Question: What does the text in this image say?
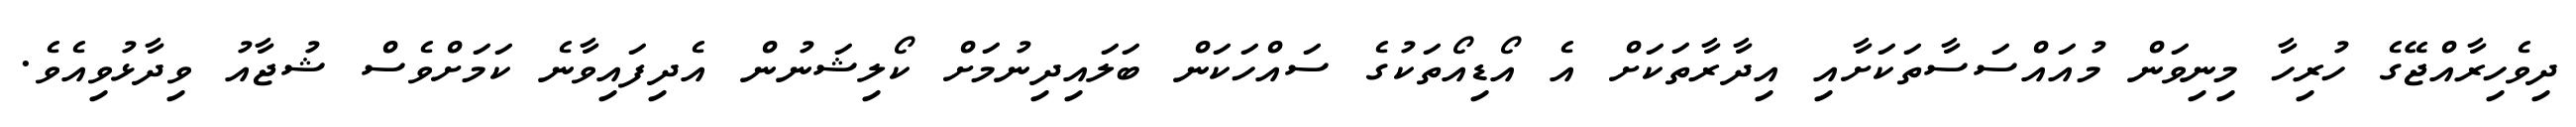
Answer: ދިވެހިރާއްޖޭގެ ހުރިހާ މިނިވަން މުއައްސަސާތަކަށާއި އިދާރާތަކަށް އެ އޯޑިއޯތަކުގެ ސައްހަކަން ބަލައިދިނުމަށް ކޯލިޝަނުން އެދިފައިވާނެ ކަމަށްވެސް ޝުޖާއު ވިދާޅުވިއެވެ.